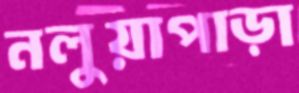
নলুয়াপাড়া